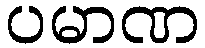
ပမာဏ